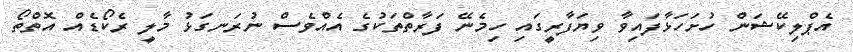
އެޕްލިކޭޝަން ހުށަހަޅާފައިވާ ވިޔަފާރީގައި ހިމެނޭ ފަރާތްތަކުގެ އެއްވެސް ނުރަނގަޅު މާލީ ރެކޯޑެއް އޮތްތޯ